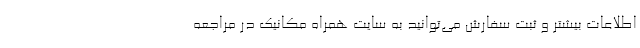
اطلاعات بیشتر و ثبت سفارش می‌توانید به سایت همراه مکانیک در مراجعه